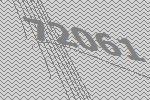
72061